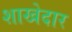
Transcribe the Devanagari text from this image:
शाखेदार